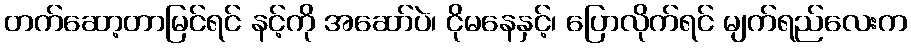
တက်ဆော့တာမြင်ရင် နင့်ကို အဆော်ပဲ၊ ငိုမနေနှင့်၊ ပြောလိုက်ရင် မျက်ရည်လေးက